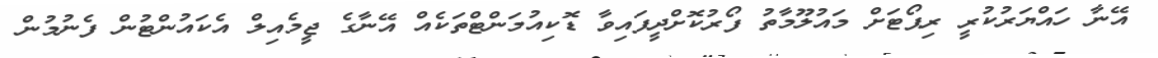
އޭނާ ހައްޔަރުކުރީ ރިޕޯޓަށް މައުލޫމާތު ފޯރުކޮށްދީފައިވާ ޑޮކިއުމަންޓްތަކެއް އޭނާގެ ޖީމެއިލް އެކައުންޓުން ފެނުމުން